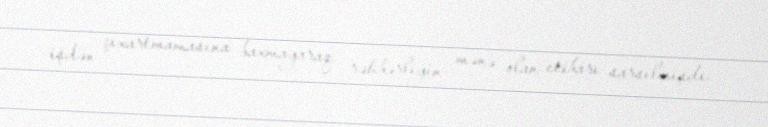
işdən çıxartmamasına baxmayaraq, rəhbərliyin mənə olan etibarı sarsılmışdı.